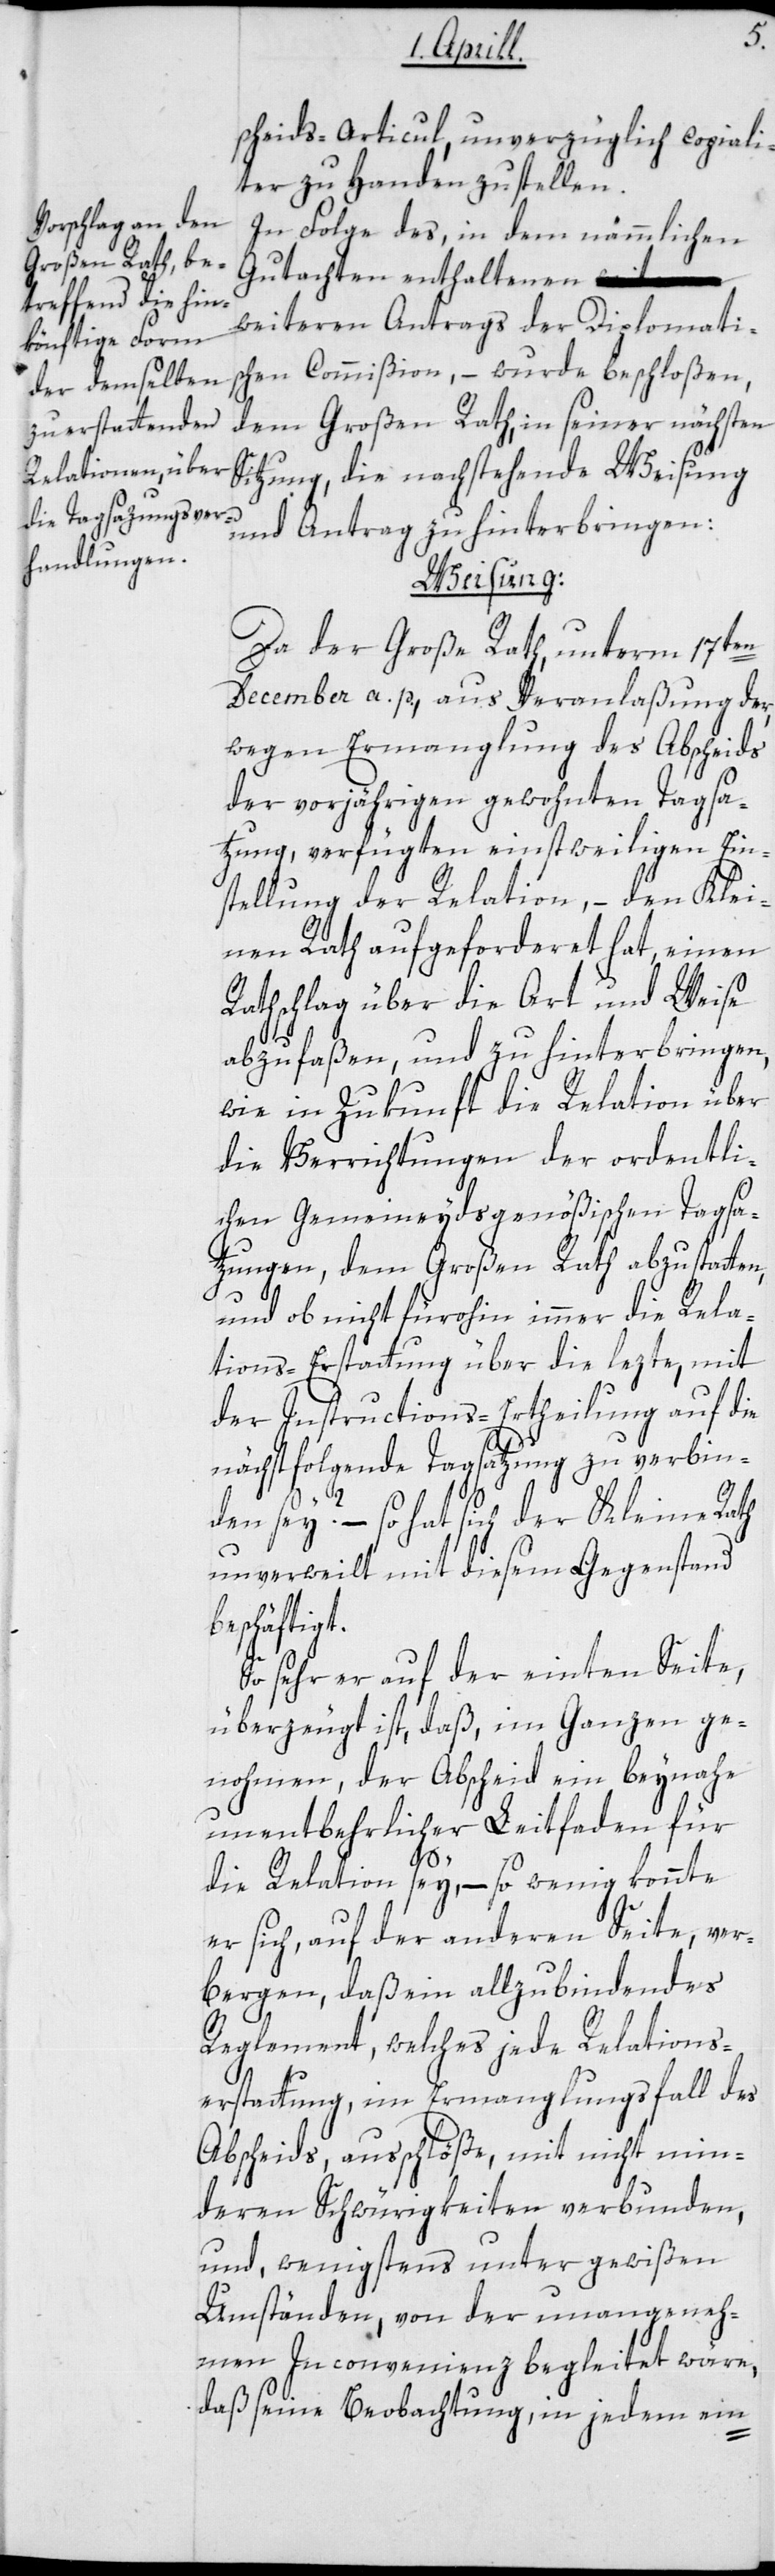
b¬
scheids-Articul, unverzüglich copiali¬
ter zu Handen zu stellen.
In Folge des, in dem nämmlichen
Gutachten enthaltenen
weiteren Antrags der Diplomati¬
schen Commißion, – wurde beschloßen,
dem Großen Rath, in seiner nächsten
Sitzung, die nachstehende Weisung
und Antrag zu hinterbringen:
Weisung:
Da der Große Rath unterm 17ten
December a. p., aus Veranlaßung der,
wegen Ermanglung des Abscheids
der vorjährigen gewohnten Tagsa¬
tzung, verfügten einstweiligen Ein¬
stellung der Relation, – den Klei¬
nen Rath aufgeforderet hat, einen
Rathschlag über die Art und Weise
abzufaßen und zu hinterbringen,
wie in Zukunft die Relation über
die Verrichtungen der ordentli¬
chen Gemeineydsgenößischen Tagsa¬
tzungen, dem Großen Rath abzustatten,
und ob nicht fürohin immer die Rela¬
tions-Erstattung über die letzte, mit
der Instructions-Ertheilung auf die
nächstfolgende Tagsatzung zu verbin¬
den sey? – so hat sich der Kleine Rath
unverweilt mit diesem Gegenstand
eschäftigt.
So sehr er auf der einten Seite,
überzeugt ist, daß, im Ganzen ge¬
nohmen, der Abscheid ein beynahe
unentbehrlicher Leitfaden für
die Relation sey, – so wenig konnte
er sich auf der anderen Seite, ver¬
bergen, daß ein allzu bindendes
Reglement, welches jede Relations-e¬
rstattung, im Ermanglungsfall des
Abscheids, ausschlöße, mit nicht min¬
deren Schwürigkeiten verbunden,
und, wenigstens unter gewißen
Umständen, von der unangeneh¬
men Inconvenienz begleitet wäre,
daß seine Beobachtung, in jedem ein-